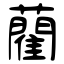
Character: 藺